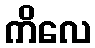
ကိလေ